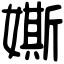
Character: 𡡒